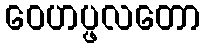
ဝေဟပ္ဖလတော